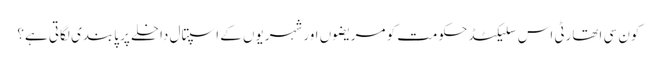
کون سی اتھارٹی اس سلیکٹڈ حکومت کو مریضوں اور شہریوں کے اسپتال داخلے پر پابندی لگاتی ہے؟